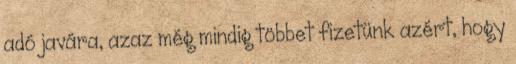
adó javára, azaz még mindig többet fizetünk azért, hogy